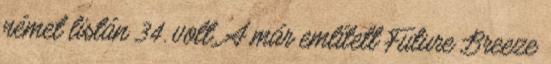
német listán 34. volt. A már említett Future Breeze